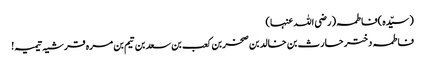
(سیّدہ )فاطمہ(رضی اللہ عنہا)
فاطمہ دختر حارث بن خالد بن صخربن کعب بن سعد بن تیم بن مرہ قرشیہ تیمیہ!